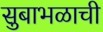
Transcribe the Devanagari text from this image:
सुबाभळाची